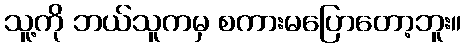
သူ့ကို ဘယ်သူကမှ စကားမပြောတော့ဘူး။